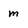
Character: m